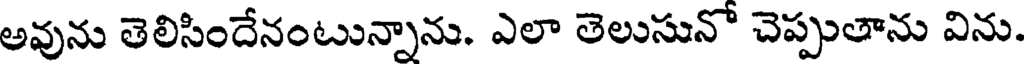
అవును తెలిసిందేనంటున్నాను. ఎలా తెలుసునో చెప్పుతాను విను.